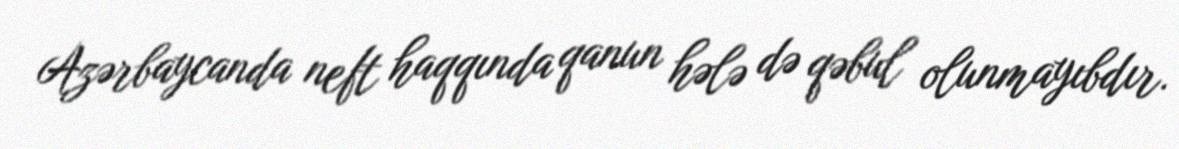
Azərbaycanda neft haqqında qanun hələ də qəbul olunmayıbdır.